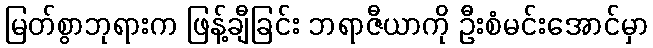
မြတ်စွာဘုရားက ဖြန့်ချီခြင်း ဘရာဇီယာကို ဦးစံမင်းအောင်မှာ